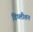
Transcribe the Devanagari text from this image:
डिप्लीशन